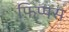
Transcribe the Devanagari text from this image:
फ़िप्पस